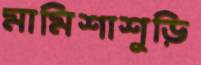
মামিশাশুড়ি